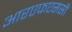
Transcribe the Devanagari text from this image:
आरएफएससी